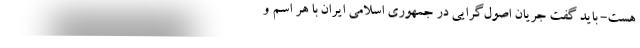
هست- باید گفت جریان اصول‌گرایی در جمهوری اسلامی ایران با هر اسم و